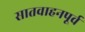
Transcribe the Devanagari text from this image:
सातवाहनपूर्व